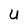
Character: U